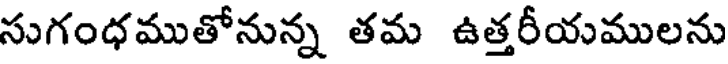
సుగంధముతోనున్న తమ ఉత్తరీయములను